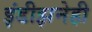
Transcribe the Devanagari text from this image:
इंडीझनेही